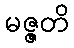
မဇ္ဇတိ